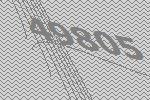
49805